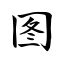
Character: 图